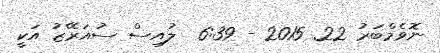
ނޮވެމްބަރު 22